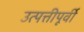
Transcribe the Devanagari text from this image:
उत्पत्तीपूर्वी